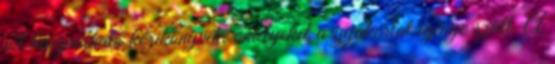
jól használható kézikönyvek, amelyeket a gyakorlat igénye szült. A